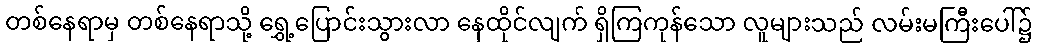
တစ်နေရာမှ တစ်နေရာသို့ ရွှေ့ပြောင်းသွားလာ နေထိုင်လျက် ရှိကြကုန်သော လူများသည် လမ်းမကြီးပေါ်၌